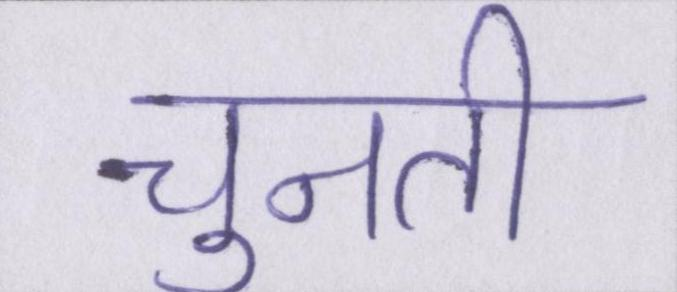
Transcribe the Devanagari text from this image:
चुनती